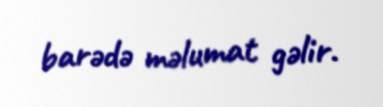
barədə məlumat gəlir.